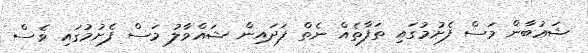
ޝަޢުބާން މަސް ފެށުމުގައި ތަފާތެއް ނެތް ފަދައިން ޝައްވާލު މަސް ފެށުމުގައި ވެސް